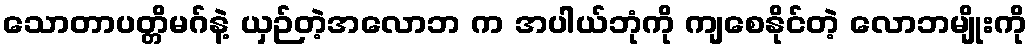
သောတာပတ္တိမဂ်နဲ့ ယှဉ်တဲ့အလောဘ က အပါယ်ဘုံကို ကျစေနိုင်တဲ့ လောဘမျိုးကို